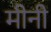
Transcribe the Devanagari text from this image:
मीनी